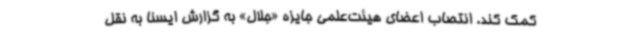
کمک کند. انتصاب اعضای هیئت‌علمی جایزه «جلال» به گزارش ایسنا به نقل